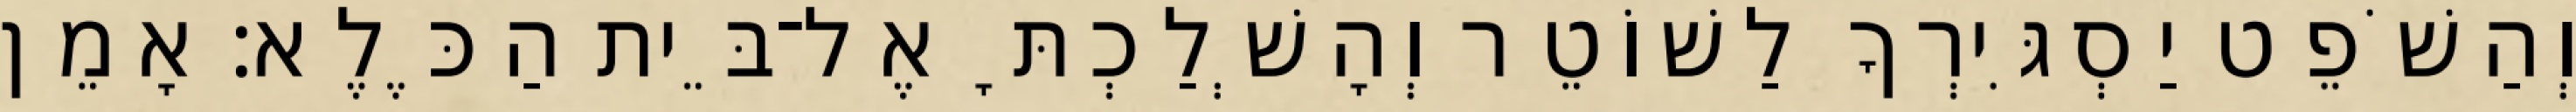
וְהַשֹׁפֵט יַסְגִּירְךָ לַשׁוֹטֵר וְהָשְׁלַכְתָּ אֶל־בֵּית הַכֶּלֶא׃ אָמֵן